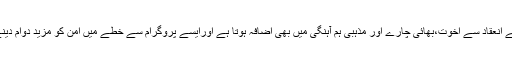
محفل حسن قرأ ت کے انعقاد سے اخوت،بھائی چارے اور مذہبی ہم آہنگی میں بھی اضافہ ہوتا ہے اورایسے پروگرام سے خطے میں امن کو مزید دوام دینے میں مدد ملے گی۔